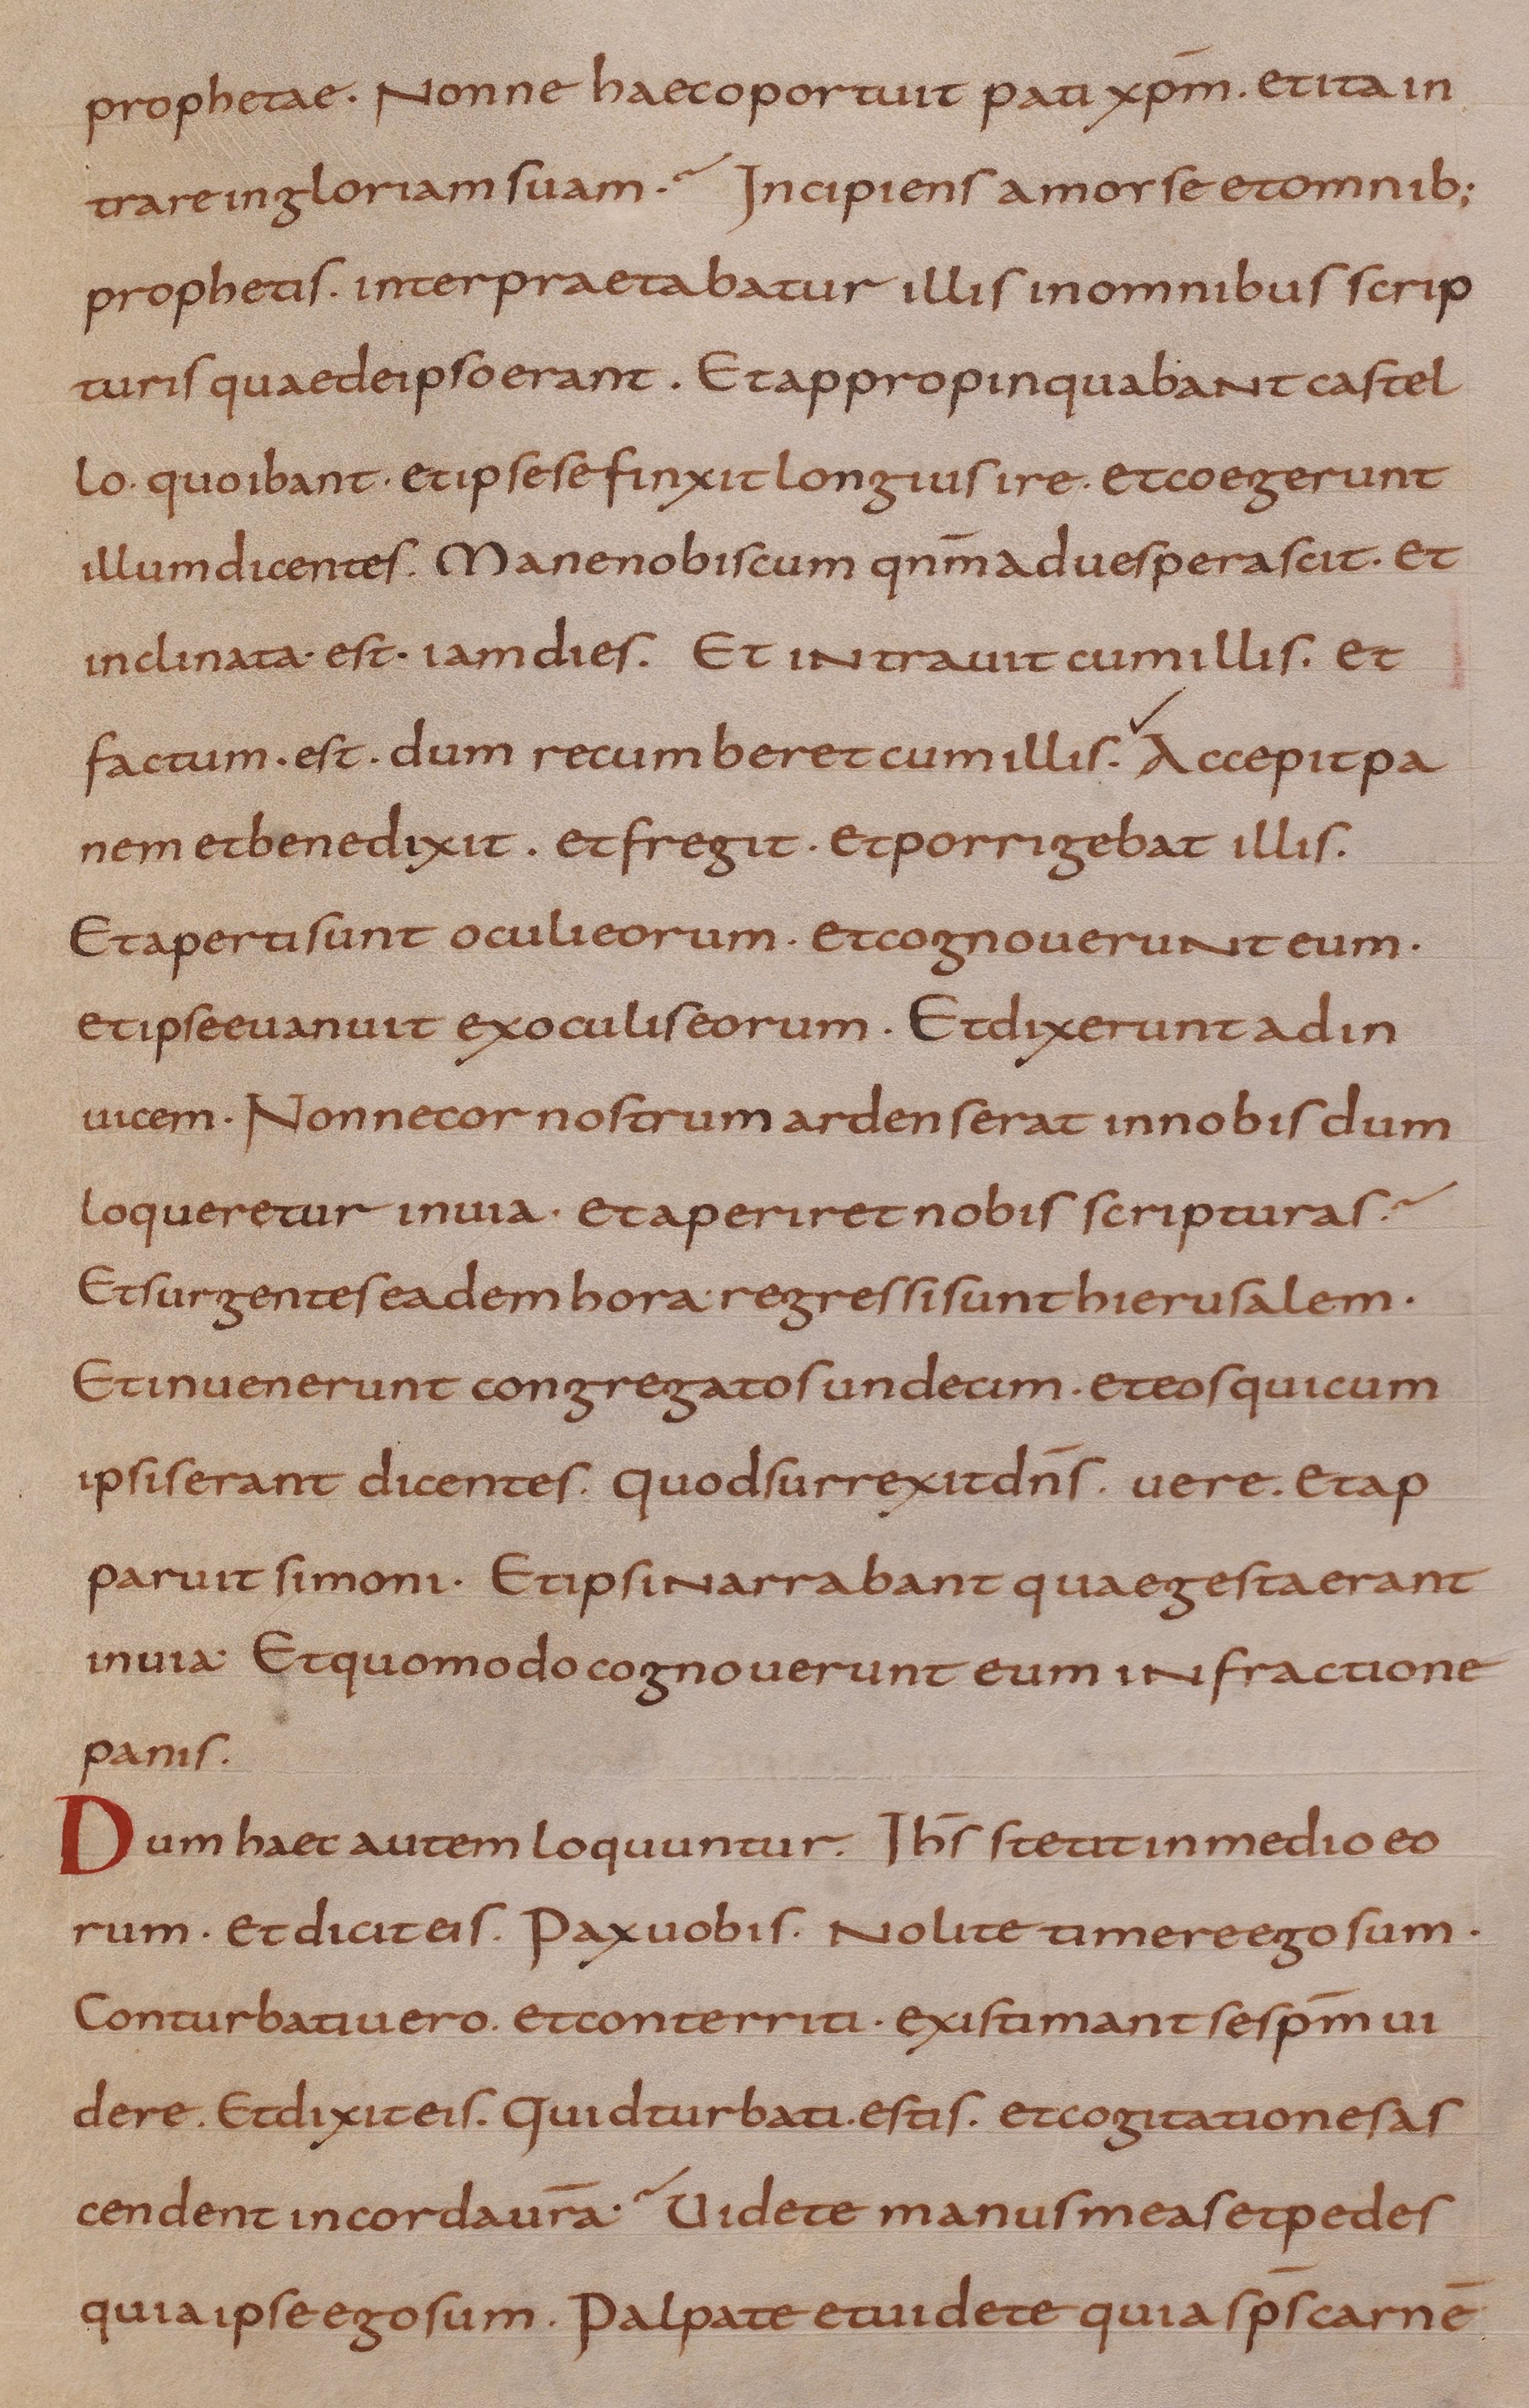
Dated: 800–899